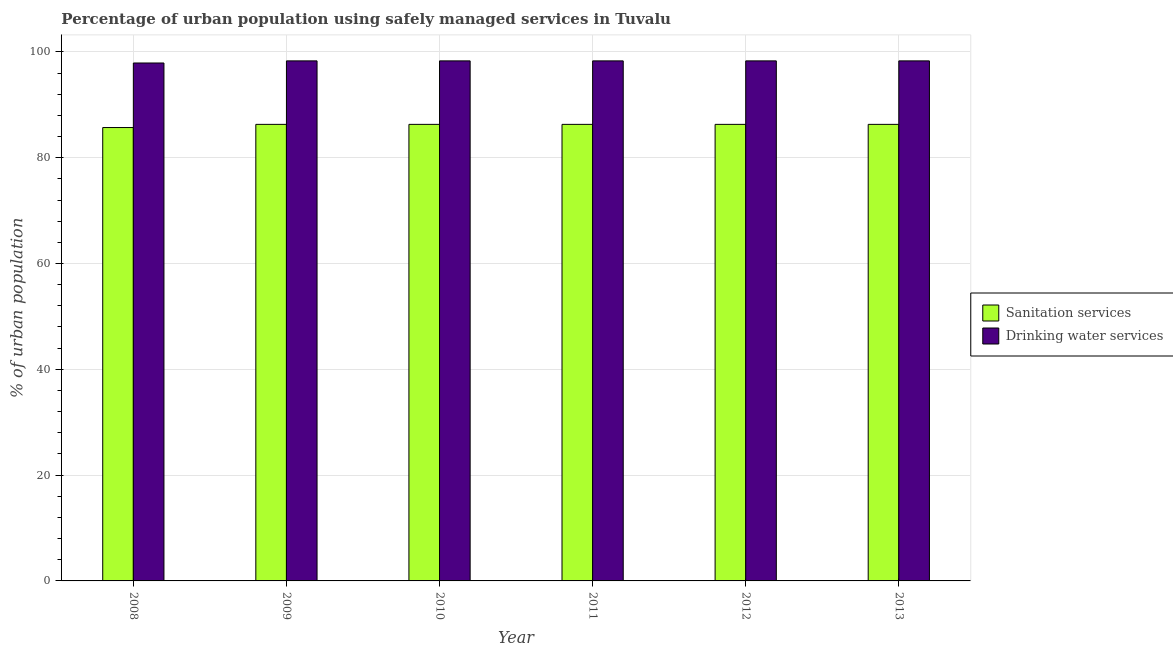
| Year | Sanitation services | Drinking water services |
 | --- | --- | --- |
 | 2008 | 85.7 | 97.9 |
 | 2009 | 86.3 | 98.3 |
 | 2010 | 86.3 | 98.3 |
 | 2011 | 86.3 | 98.3 |
 | 2012 | 86.3 | 98.3 |
 | 2013 | 86.3 | 98.3 |